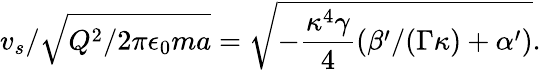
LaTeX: {v_{s}}/{\sqrt{Q^{2}/2\pi\epsilon_{0}ma}}=\sqrt{-\frac{\kappa^{4}\gamma}{4}\left(\beta^{\prime}/(\Gamma\kappa)+\alpha^{\prime}\right)}.